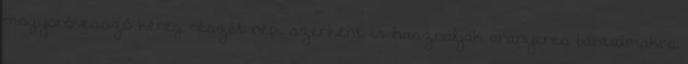
mogyoróvessző kéreg részét népi szerként is használják aranyeres bántalmakra